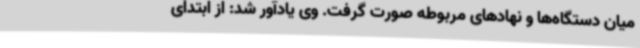
میان دستگاه‌ها و نهادهای مربوطه صورت گرفت. وی یادآور شد: از ابتدای